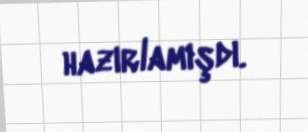
hazırlamışdı.